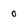
Character: 0